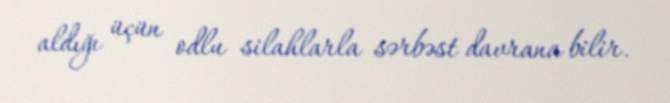
aldığı üçün odlu silahlarla sərbəst davrana bilir.